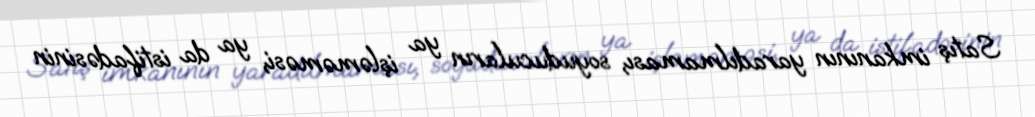
Satış imkanının yaradılmaması, soyuducuların ya işləməməsi, ya da istifadəsinin